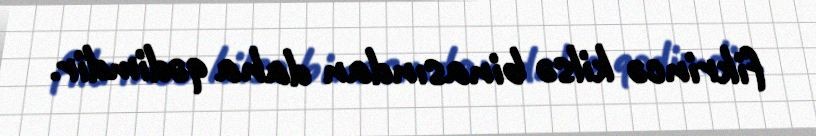
fikrincə kilsə binasından daha qədimdir.